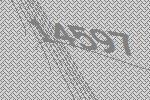
14597